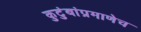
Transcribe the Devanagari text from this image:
कुटुंबांप्रमाणेच